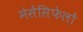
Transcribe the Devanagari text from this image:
मेसेंसिफेलों